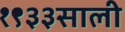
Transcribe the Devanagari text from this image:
१९३३साली